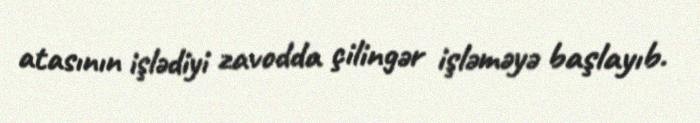
atasının işlədiyi zavodda çilingər işləməyə başlayıb.